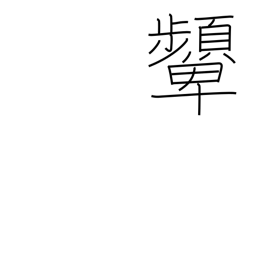
Meaning: scowl